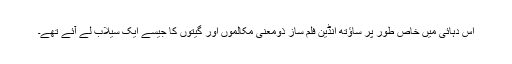
اس دہائی میں خاص طور پر ساؤتھ انڈین فلم ساز ذومعنی مکالموں اور گیتوں کا جیسے ایک سیلاب لے آئے تھے۔